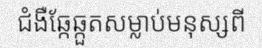
ជំងឺឆ្កែឆ្កួតសម្លាប់មនុស្សពី